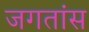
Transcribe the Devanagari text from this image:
जगतांस